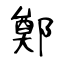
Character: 鄭